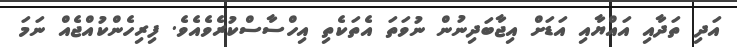
އަދި ތަދާއި އައްޔާއި އަޑަށް އިޖާބަދިނުން ނުވަތަ އެތަކެތި އިހްސާސްކުރެވެއެވެ. ފިރިހެންކުއްޖެއް ނަމަ